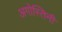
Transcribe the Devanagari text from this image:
अगोस्तिनी